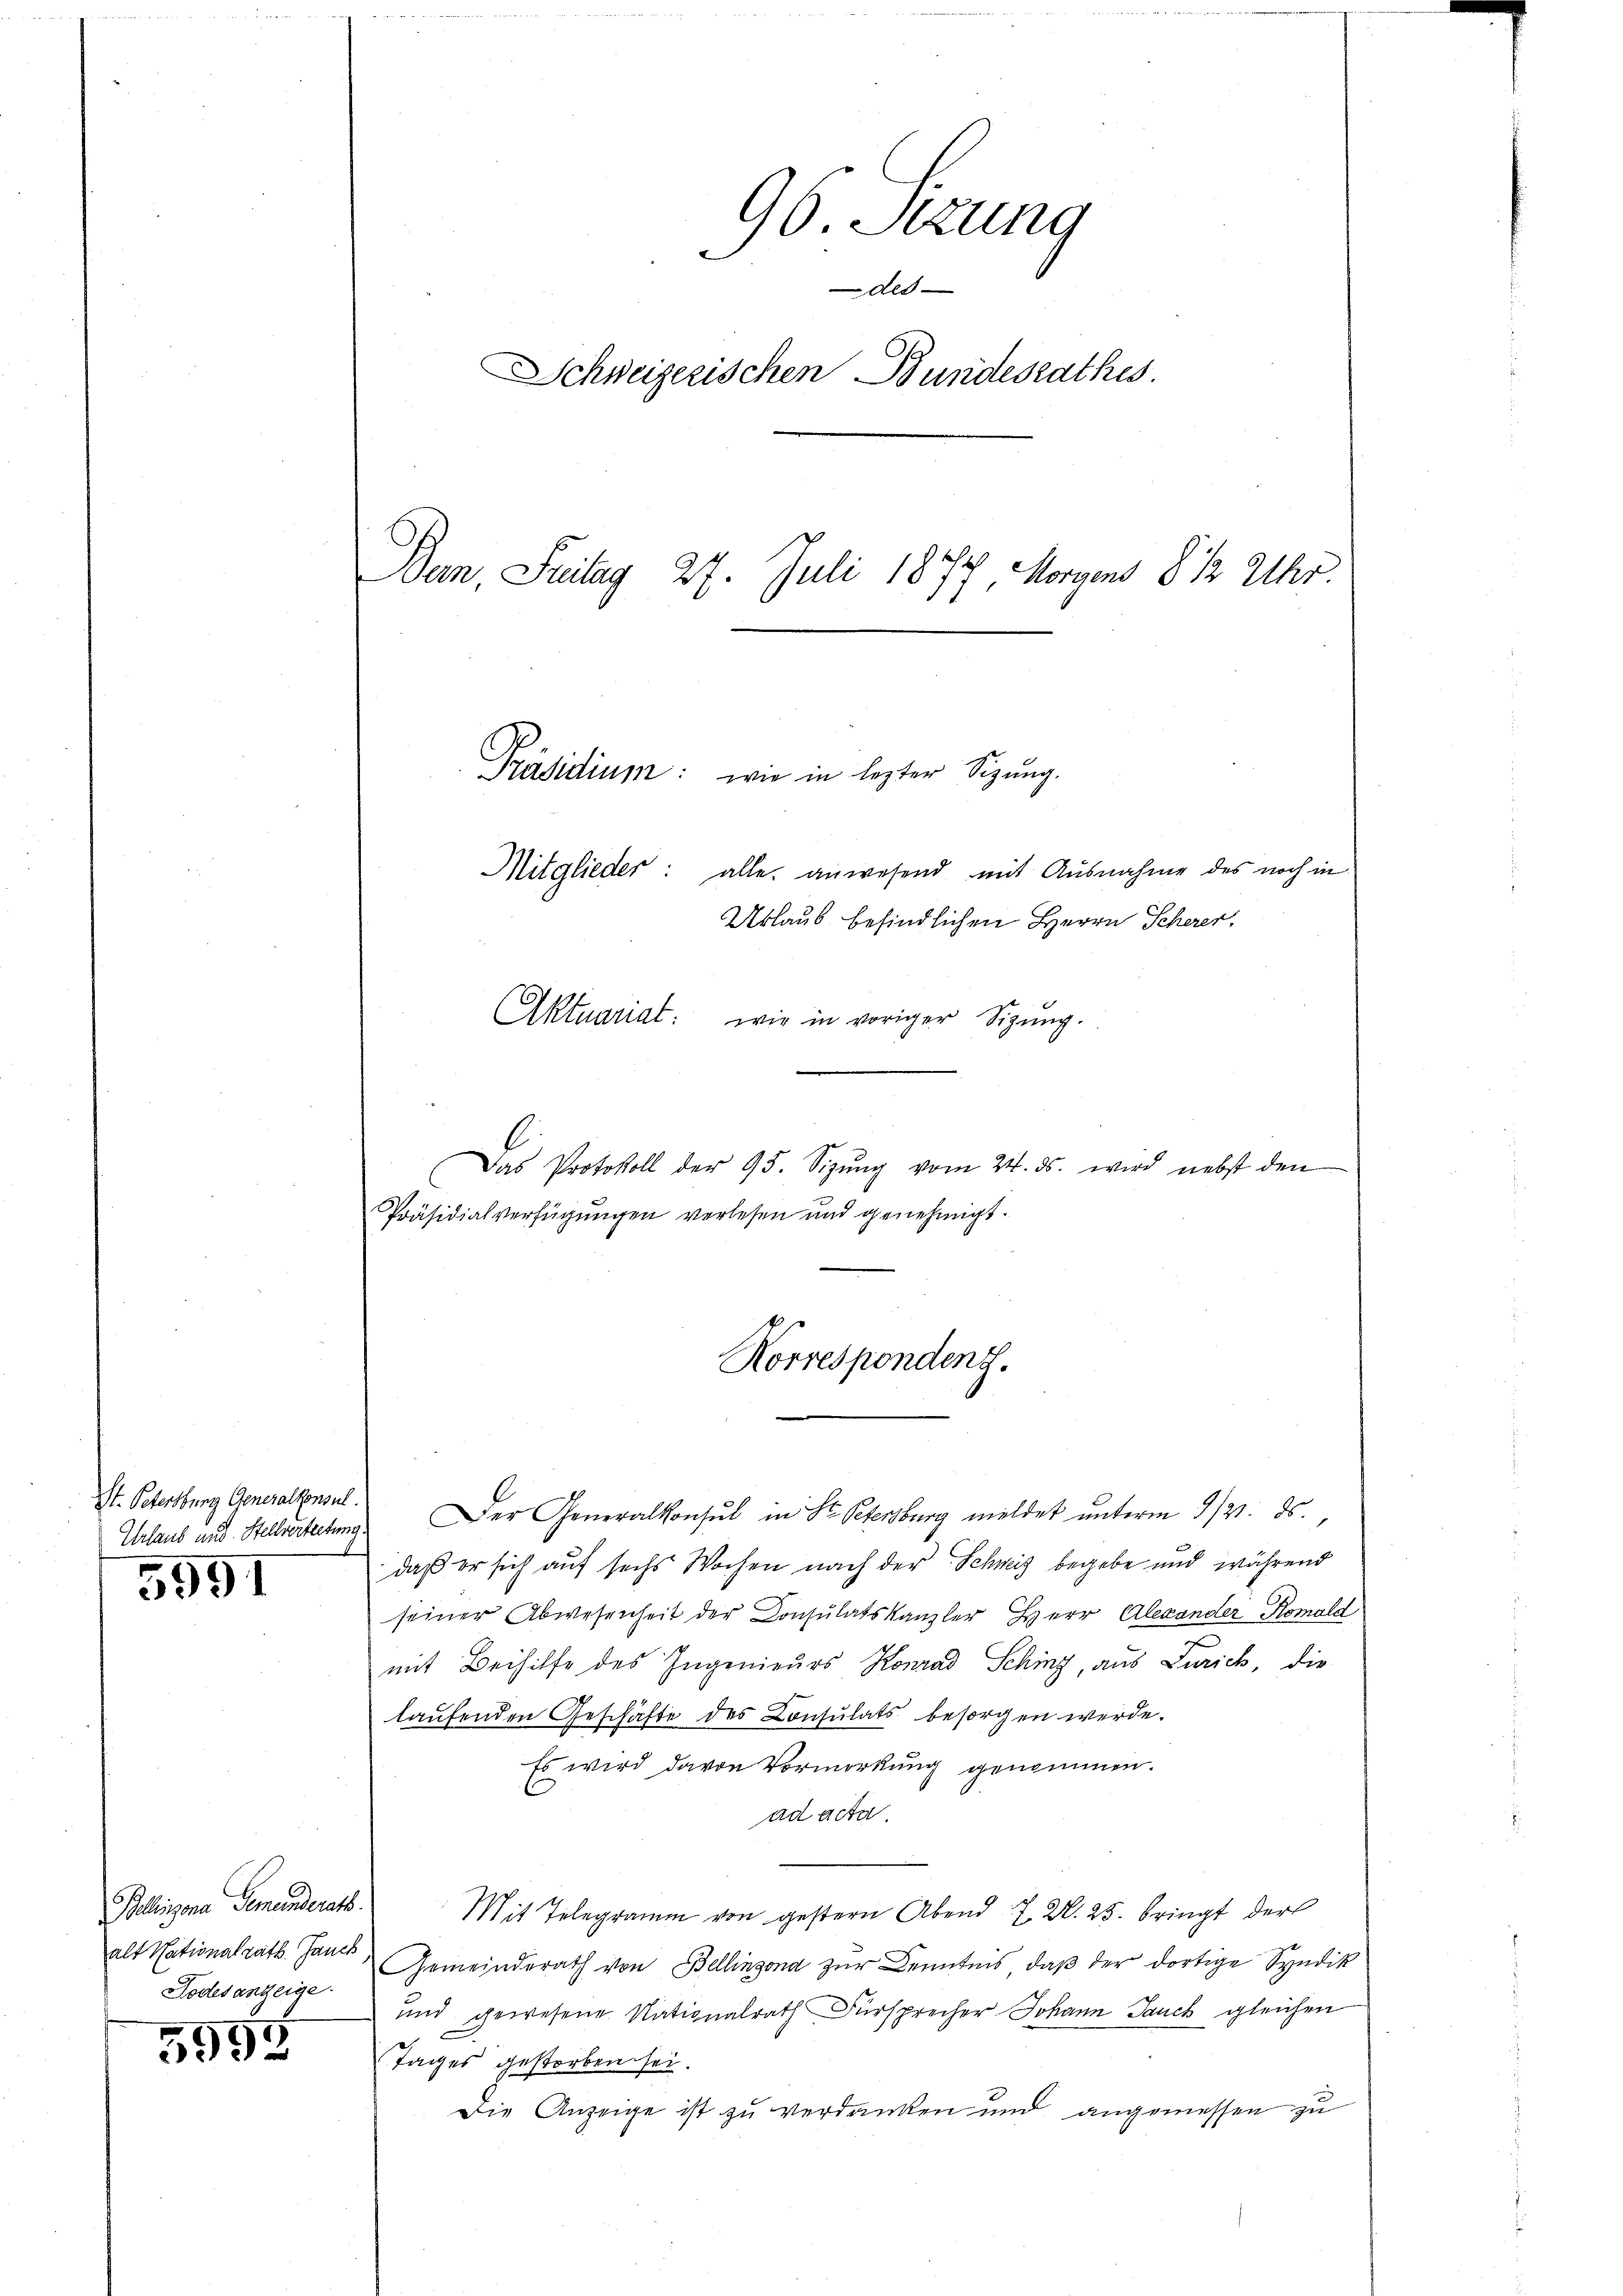
St. Petersburg Generalkonsul.

5991

altigem Commandants.
Todesanzeige

5992

76. Sizung
2
de
Schweizerischen Bundesrathes
Ban, Seitag 27. Juli 1877, Morgens § 12 Uhr.
Präsidium: wie in lezter Sitzung.
Mitglieder: alle anwesend mit Ausnahme des noch in
Urlaub befindlichen Herrn Scherer,
Aktuariat: wie in voriger Sigŭng.

Das Protokoll der 95. Sizŭng vom 24. ds. wird nebst den
Präsidialverfügungen verlesen und genehmigt.

Korrespondenz.

Urlaub und Stellvertretung Der Generalkonsul in St. Petersburg meldet unterm 9/21. ds.
daß er sich auf sechs Wochen nach der Schweiz begebe und während
seiner Abwesenheit der Consulatskanzler Herr Alexander Romald
mit Beihilfe des Ingenieurs Konrad Sching, aus Zürich, die
laufenden Geschäfte des Consulats besorgen werde.
Es wird davon Vormerkung genommen.
ad acta.
it Telegramm von gestern Abend 7. 2. 25. bringt der
alt Nationalrath. Jan Gemeinderath von Bellinzona zur Kenntnis, daβ der dortige Syndik
und gewesene Nationalrath Fürsprecher Johann Jauch gleichen
Tages gestorben sei.
Die Anzeige ist zu verdanken und angemessen zu